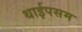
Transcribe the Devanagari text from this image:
थाईपसम